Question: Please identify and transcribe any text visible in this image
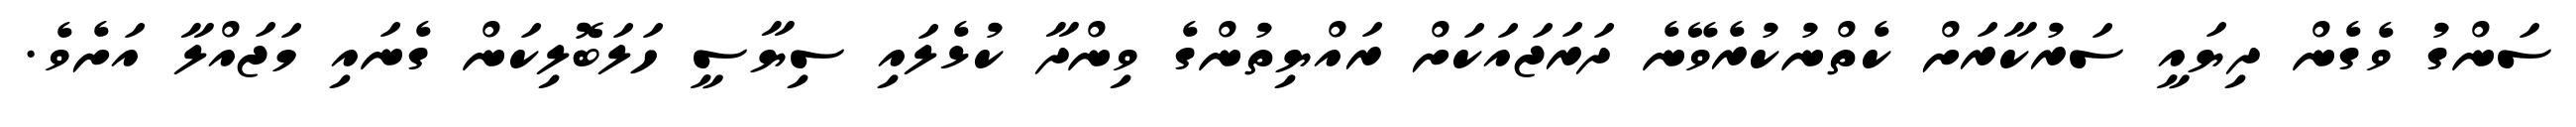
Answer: ސަންގު ވެގެން ދިޔައީ ސަރުކާރަށް ކެތްނުކުރެވޭނެ ދަރަޖައަކަށް ރައްޔިތުންގެ ވިންދާ ކުޅެލައި ސިޔާސީ ހަލަބޮލިކަން ގެނައި މަޖައްލާ އަށެވެ.